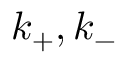
k _ { + } , k _ { - }